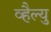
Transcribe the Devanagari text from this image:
व्हैल्यु